Annual administration and progress report of the Indian Medical Department, Bombay
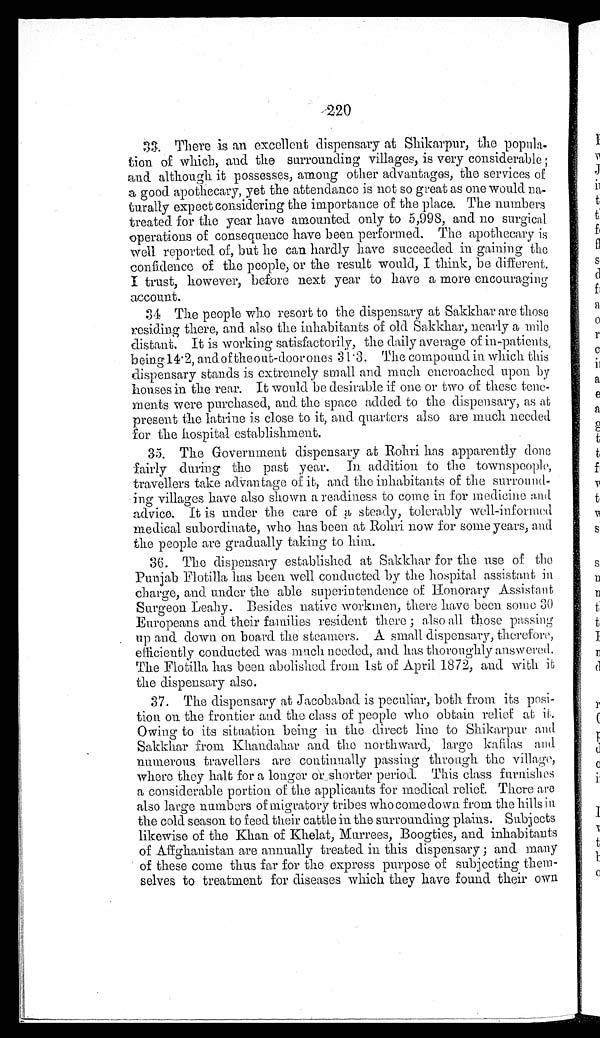
220
33. There is an excellent dispensary at Shikarpur, the popula
-tion of which, and the surrounding villages, is very considerable;
and although it possesses, among other advantages, the services of
a good apothecary, yet the attendance is not so great as one would na
-turally expect considering the importance of the place. The numbers
treated for the year have amounted only to 5,998, and no surgical
operations of consequence have been performed. The apothecary is
well reported of, but he can hardly have succeeded in gaining the
confidence of the people, or the result would, I think, be different.
I trust, however, before next year to have a more encouraging
account.
34. The people who resort to the dispensary at Sakkhar are those
residing there, and also the inhabitants of old Sakkhar, nearly a mile
distant. It is working satisfactorily, the daily average of in-patients,
being 14.2, and of the out-door ones 31.3. The compound in which this
dispensary stands is extremely small and much encroached upon by
houses in the rear. It would be desirable if one or two of these tene
-ments were purchased, and the space added to the dispensary, as at
present the latrine is close to it, and quarters also are much needed
for the hospital establishment.
35. The Government dispensary at Rohri has apparently done
fairly during the past year. In addition to the townspeople,
travellers take advantage of it, and the inhabitants of the surround--
ing villages have also shown a readiness to come in for medicine and
advice. It is under the care of a steady, tolerably well-informed
medical subordinate, who has been at Rohri now for some years, and
the people are gradually taking to him.
36. The dispensary established at Sakkhar for the use of the
Punjab Flotilla has been well conducted by the hospital assistant in
charge, and under the able superintendence of Honorary Assistant
Surgeon Leahy. Besides native workmen, there have been some 30
Europeans and their families resident there ; also all those passing
up and down on board the steamers. A small dispensary, therefore,
efficiently conducted was much needed, and has thoroughly answered.
The Flotilla has been abolished from 1st of April 1872, and with it
the dispensary also.
37. The dispensary at Jacobabad is peculiar, both from its posi
-tion on the frontier and the class of people who obtain relief at it.
Owing to its situation being in the direct line to Shikarpur and
Sakkhar from Khandahar and the northward, large kafilas and
numerous travellers are continually passing through the village,
where they halt for a longer or shorter period. This class furnishes
a considerable portion of the applicants for medical relief. There are
also large numbers of migratory tribes who come down from the hills in
the cold season to feed their cattle in the surrounding plains. Subjects
likewise of the Khan of Khelat, Murrees, Boogties, and inhabitants
of Affghanistan are annually treated in this dispensary ; and many
of these come thus far for the express purpose of subjecting them
-selves to treatment for diseases which they have found their own